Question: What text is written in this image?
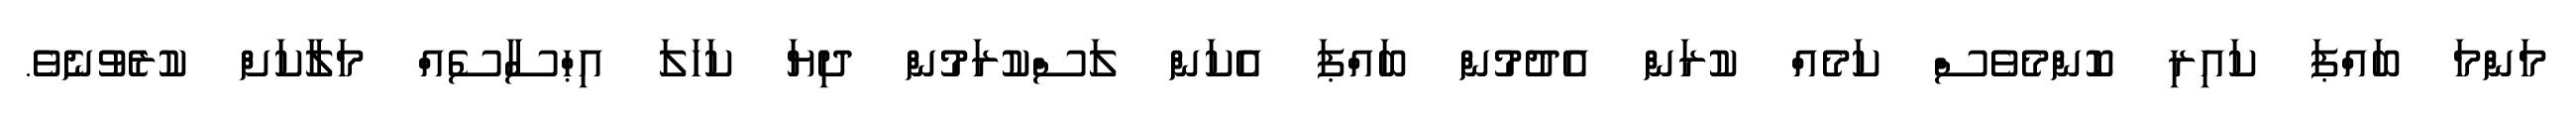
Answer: މަންމަ ބައްޕަ ކައިރި ކޮންމެވެސް ކަމެއް ކުރަން އެދުމުން ބައްޕަ އެކަން ލަސްކުރަމުން ދިޔަ ކަހަލަ އިޙްސާސެއް މަލާކަށް ކުރެވުނެވެ.